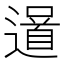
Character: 𨗓